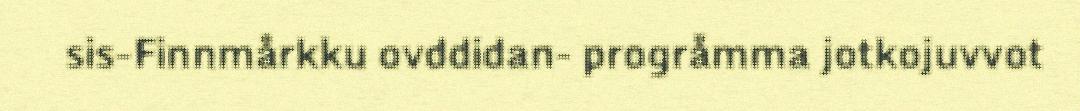
sis-Finnmårkku ovddidan- progråmma jotkojuvvot